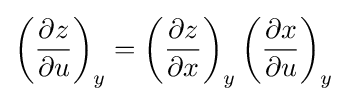
\left({\frac {\partial z}{\partial u}}\right)_{y}=\left({\frac {\partial z}{\partial x}}\right)_{y}\left({\frac {\partial x}{\partial u}}\right)_{y}